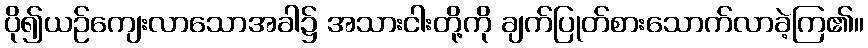
ပို၍ယဉ်ကျေးလာသောအခါ၌ အသားငါးတို့ကို ချက်ပြုတ်စားသောက်လာခဲ့ကြ၏။